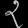
Digit: ၃